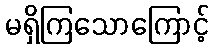
မရှိကြသောကြောင့်